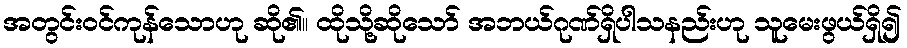
အတွင်းဝင်ကုန်သောဟု ဆို၏။ ထိုသို့ဆိုသော် အဘယ်ဂုဏ်ရှိပါသနည်းဟု သူမေးဖွယ်ရှိ၍